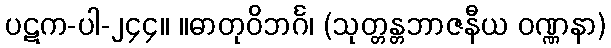
ပဋက-ပါ-၂၄၄။ ။ဓာတုဝိဘင်္ဂ၊ (သုတ္တန္တဘာဇနီယ ဝဏ္ဏနာ)